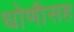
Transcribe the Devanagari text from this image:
धोणीसह